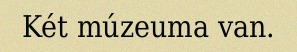
Két múzeuma van.